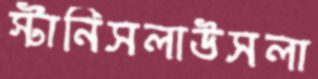
স্টানিসলাউসলা